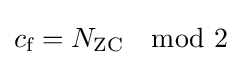
c_{\text{f}}=N_{\text{ZC}}\mod 2